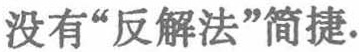
没有“反解法”简捷.